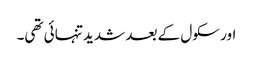
اور سکول کے بعد شدید تنہائی تھی۔